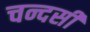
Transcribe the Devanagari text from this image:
चन्दसी